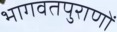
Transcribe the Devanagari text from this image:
भागवतपुराणों